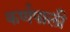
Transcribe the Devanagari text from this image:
कर्णपाली